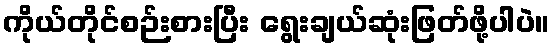
ကိုယ်တိုင်စဉ်းစားပြီး ရွေးချယ်ဆုံးဖြတ်ဖို့ပါပဲ။